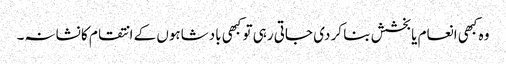
وہ کبھی انعام یا بخشش بنا کر دی جاتی رہی تو کبھی بادشاہوں کے انتقام کا نشانہ۔